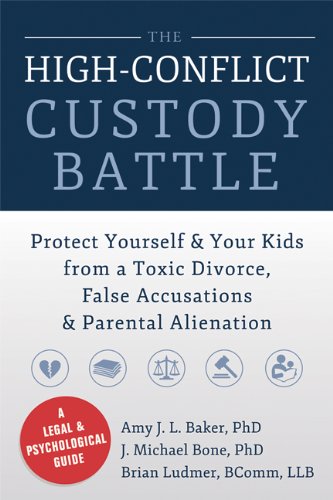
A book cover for The High-Conflict Custody Battle: Protect Yourself and Your Kids from a Toxic Divorce, False Accusations, and Parental Alienation; Amy J. L. Baker PhD; Parenting & Relationships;